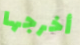
أخرجها